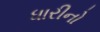
ધારીનો